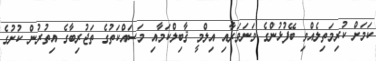
ކަމަށް ކުރިމަތިލެއްވި ބޭފުޅުންގެ ވަނަވަރާއި އިލްމީ ޤާބިލްކަމާއި މަސައްކަތުގެ ތަޖުރިބާގެ އިތުރުން ކުށުގެ